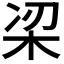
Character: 𭩮